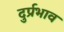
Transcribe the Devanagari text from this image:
दुर्प्रभाव